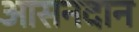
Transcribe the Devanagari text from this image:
आसनदान